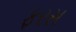
ફરસ